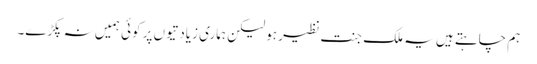
ہم چاہتے ہیں یہ ملک جنت نظیر ہو لیکن ہماری زیادتیوں پر کوئی ہمیں نہ پکڑے۔